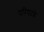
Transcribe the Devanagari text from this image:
परिषदके